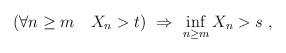
LaTeX: \begin{align*}(\forall n\ge m\quad X_n > t) \ \Rightarrow \ \inf_{n\ge m} X_n >s\ ,\end{align*}